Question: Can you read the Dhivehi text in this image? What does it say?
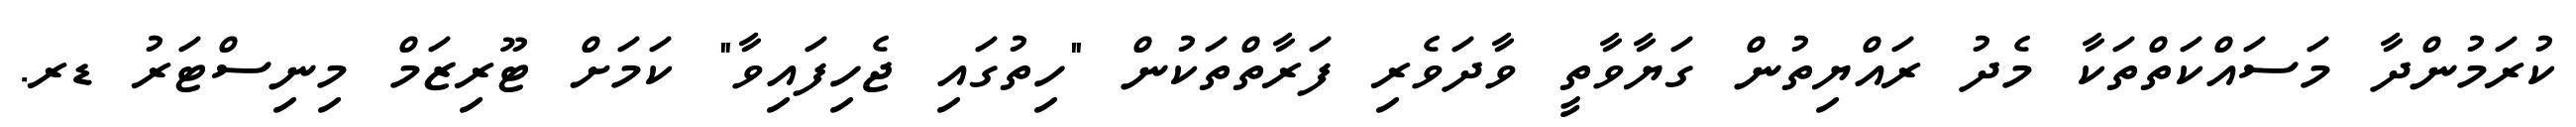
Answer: ކުރަމުންދާ މަސައްކަތްތަކާ މެދު ރައްޔިތުން ގަޔާވާތީ ވާދަވެރި ފަރާތްތަކުން "ހިތުގައި ޖެހިފައިވާ" ކަމަށް ޓޫރިޒަމް މިނިސްޓަރު ޑރ.